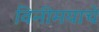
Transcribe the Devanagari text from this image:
विनीमयाचे